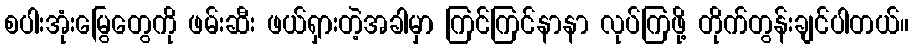
စပါးအုံးမြွေတွေကို ဖမ်းဆီး ဖယ်ရှားတဲ့အခါမှာ ကြင်ကြင်နာနာ လုပ်ကြဖို့ တိုက်တွန်းချင်ပါတယ်။